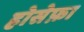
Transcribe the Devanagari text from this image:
होसेफ़ा